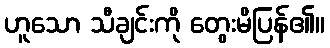
ဟူသော သီချင်းကို တွေးမိပြန်၏။